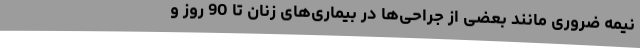
نیمه ضروری مانند بعضی از جراحی‌ها در بیماری‌های زنان تا 90 روز و